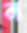
ন